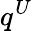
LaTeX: q^{U}